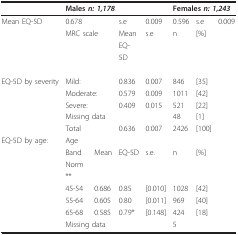
<table><thead><tr><td></td><td colspan="4"><b>Males <i>n: 1,178</i></b></td><td colspan="3"><b>Females <i>n: 1,243</i></b></td></tr></thead><tbody><tr><td>Mean EQ-5D</td><td>0.678</td><td></td><td>s.e</td><td>0.009</td><td>0.596</td><td>s.e</td><td>0.009</td></tr><tr><td></td><td colspan="2">MRC scale</td><td>Mean</td><td>s.e</td><td>n</td><td colspan="2">[%]</td></tr><tr><td></td><td></td><td></td><td>EQ-</td><td></td><td></td><td></td><td></td></tr><tr><td></td><td></td><td></td><td>5D</td><td></td><td></td><td></td><td></td></tr><tr><td>EQ-5D by severity</td><td>Mild:</td><td></td><td>0.836</td><td>0.007</td><td>846</td><td>[35]</td><td></td></tr><tr><td></td><td colspan="2">Moderate:</td><td>0.579</td><td>0.009</td><td>1011</td><td>[42]</td><td></td></tr><tr><td></td><td>Severe:</td><td></td><td>0.409</td><td>0.015</td><td>521</td><td>[22]</td><td></td></tr><tr><td></td><td colspan="2">Missing data</td><td></td><td></td><td>48</td><td>[1]</td><td></td></tr><tr><td></td><td>Total</td><td></td><td>0.636</td><td>0.007</td><td>2426</td><td>[100]</td><td></td></tr><tr><td>EQ-5D by age:</td><td>Age</td><td></td><td></td><td></td><td></td><td></td><td></td></tr><tr><td></td><td>Band</td><td>Mean</td><td>EQ-5D</td><td>s.e.</td><td>n</td><td>[%]</td><td></td></tr><tr><td></td><td>Norm</td><td></td><td></td><td></td><td></td><td></td><td></td></tr><tr><td></td><td>**</td><td></td><td></td><td></td><td></td><td></td><td></td></tr><tr><td></td><td>45-54</td><td>0.686</td><td>0.85</td><td>[0.010]</td><td>1028</td><td>[42]</td><td></td></tr><tr><td></td><td>55-64</td><td>0.605</td><td>0.80</td><td>[0.011]</td><td>969</td><td>[40]</td><td></td></tr><tr><td></td><td>65-68</td><td>0.585</td><td>0.79*</td><td>[0.148]</td><td>424</td><td>[18]</td><td></td></tr><tr><td></td><td colspan="2">Missing data</td><td></td><td></td><td>5</td><td></td><td></td></tr></tbody></table>